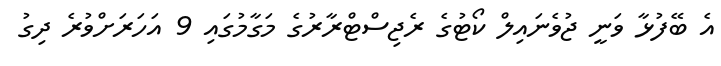
އެ ބޭފުޅާ ވަނީ ޖުވެނައިލް ކޯޓުގެ ރެޖިސްޓްރާރުގެ މަގާމުގައި 9 އަހަރަށްވުރެ ދިގު